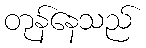
တုန်နေသည်